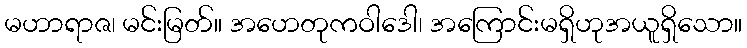
မဟာရာဇ၊ မင်းမြတ်။ အဟေတုကဝါဒေါ၊ အကြောင်းမရှိဟုအယူရှိသော။